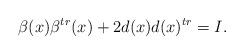
LaTeX: \begin{align*}\beta(x)\beta^{tr}(x)+2d(x)d(x)^{tr}=I.\end{align*}